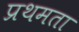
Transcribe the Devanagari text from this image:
प्रथमता